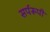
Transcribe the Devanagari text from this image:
सर्परूपी